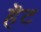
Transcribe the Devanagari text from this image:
हॆट